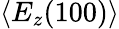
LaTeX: \langle E_{z}(100)\rangle